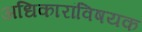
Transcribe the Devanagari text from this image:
अधिकारांविषयक